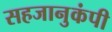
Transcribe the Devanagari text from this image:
सहजानुकंपी